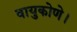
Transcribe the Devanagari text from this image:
वायुकोणे।